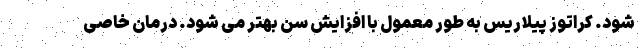
شود. کراتوز پیلاریس به طور معمول با افزایش سن بهتر می شود. درمان خاصی